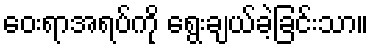
ဝေးရာအရပ်ကို ရွေးချယ်ခဲ့ခြင်းသာ။